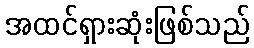
အထင်ရှားဆုံးဖြစ်သည်